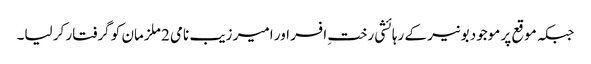
جبکہ موقع پر موجود بونیر کے رہائشی رختِ افسر اور امیر زیب نامی 2 ملزمان کو گرفتار کر لیا۔